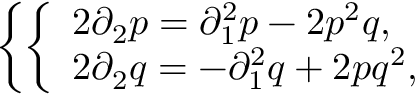
\left\{ \left\{ \begin{array} { l l } { { 2 \partial _ { 2 } p = \partial _ { 1 } ^ { 2 } p - 2 p ^ { 2 } q , } } \\ { { 2 \partial _ { 2 } q = - \partial _ { 1 } ^ { 2 } q + 2 p q ^ { 2 } , } } \end{array} \right. \right.